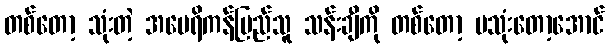
တစ်တော့ သုံးတဲ့ အမေရိကန်ပြည်သူ သန်းချီကို တစ်တော့ မသုံးတော့အောင်